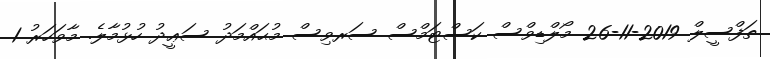
ތަފްސީލް 2019-11-26 މޯލްޑިވްސް ކަސްޓަމްސް ސަރވިސް މުޙައްމަދު ސަޢީދު ހުޅުމާލެ. މާވަހަރު 1